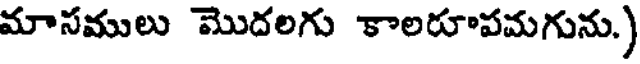
మాసములు మొదలగు కాలరూపమగును.)